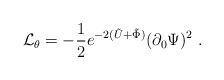
\begin{align*}{\cal{L}}_{\theta} = -{1 \over 2}e^{-2(\tilde{U}+\tilde{\Phi})} (\partial_0 \Psi)^2 \ .\end{align*}